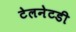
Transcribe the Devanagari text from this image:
टेलनेटडी